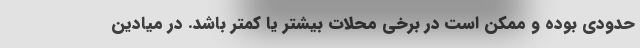
حدودی بوده و ممکن است در برخی محلات بیشتر یا کمتر باشد. در میادین